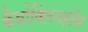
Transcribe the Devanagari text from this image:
कैबोक्लिनहॉस